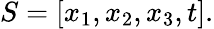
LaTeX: \begin{array}{r}{S=[x_{1},x_{2},x_{3},t].}\end{array}